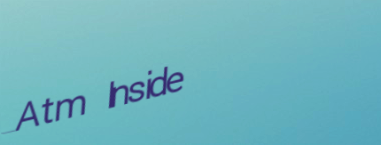
Atm Inside